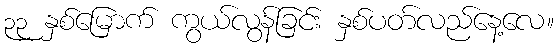
၃၃ နှစ်မြောက် ကွယ်လွန်ခြင်း နှစ်ပတ်လည်နေ့လေ။